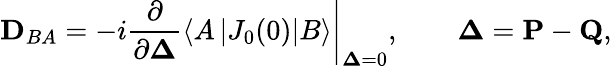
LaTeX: {{\mathbf D}_{BA}}=-i\left.\frac{\partial}{\partial{\mathbf\Delta}}\left<A\left|{J_{0}}(0)\right|B\right>\right|_{\mathbf\Delta=0},\qquad{\mathbf\Delta}={\mathbf P}-{\mathbf Q},